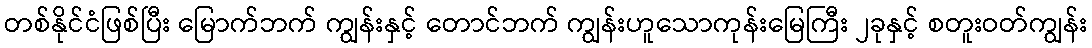
တစ်နိုင်ငံဖြစ်ပြီး မြောက်ဘက် ကျွန်းနှင့် တောင်ဘက် ကျွန်းဟူသောကုန်းမြေကြီး ၂ခုနှင့် စတူးဝတ်ကျွန်း